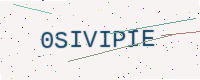
Text: 0SIVIPIE